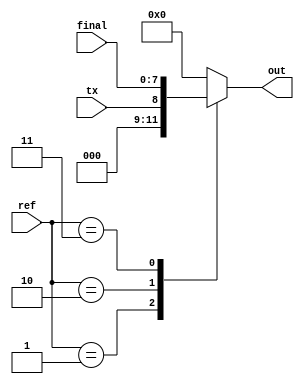
`timescale 1ns / 1ps
//////////////////////////////////////////////////////////////////////////////////
// Company: 
// Engineer: 
// 
// Design Name: 
// Module Name: Selector
// Project Name: 
// Target Devices: 
// Tool Versions: 
// Description: 
// 
// Dependencies: 
// 
// Revision:
// Revision 0.01 - File Created
// Additional Comments:
// 
//////////////////////////////////////////////////////////////////////////////////


module Selector(tx,final,ref,out);
input tx;
input [1:0]ref;
input [7:0]final;
output reg[3:0]out;

always@(*)
begin
case(ref)
1: out={3'b000,tx};
2: out=final[7:4];
3: out=final[3:0];
default: out=4'h0;
endcase
end

























endmodule